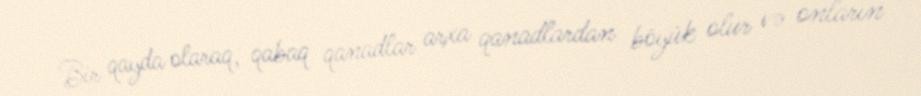
Bir qayda olaraq, qabaq qanadlar arxa qanadlardan böyük olur və onların